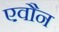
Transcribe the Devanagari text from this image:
एवौन